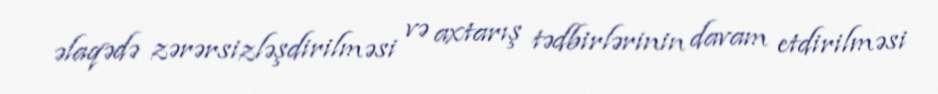
əlaqədə zərərsizləşdirilməsi və axtarış tədbirlərinin davam etdirilməsi